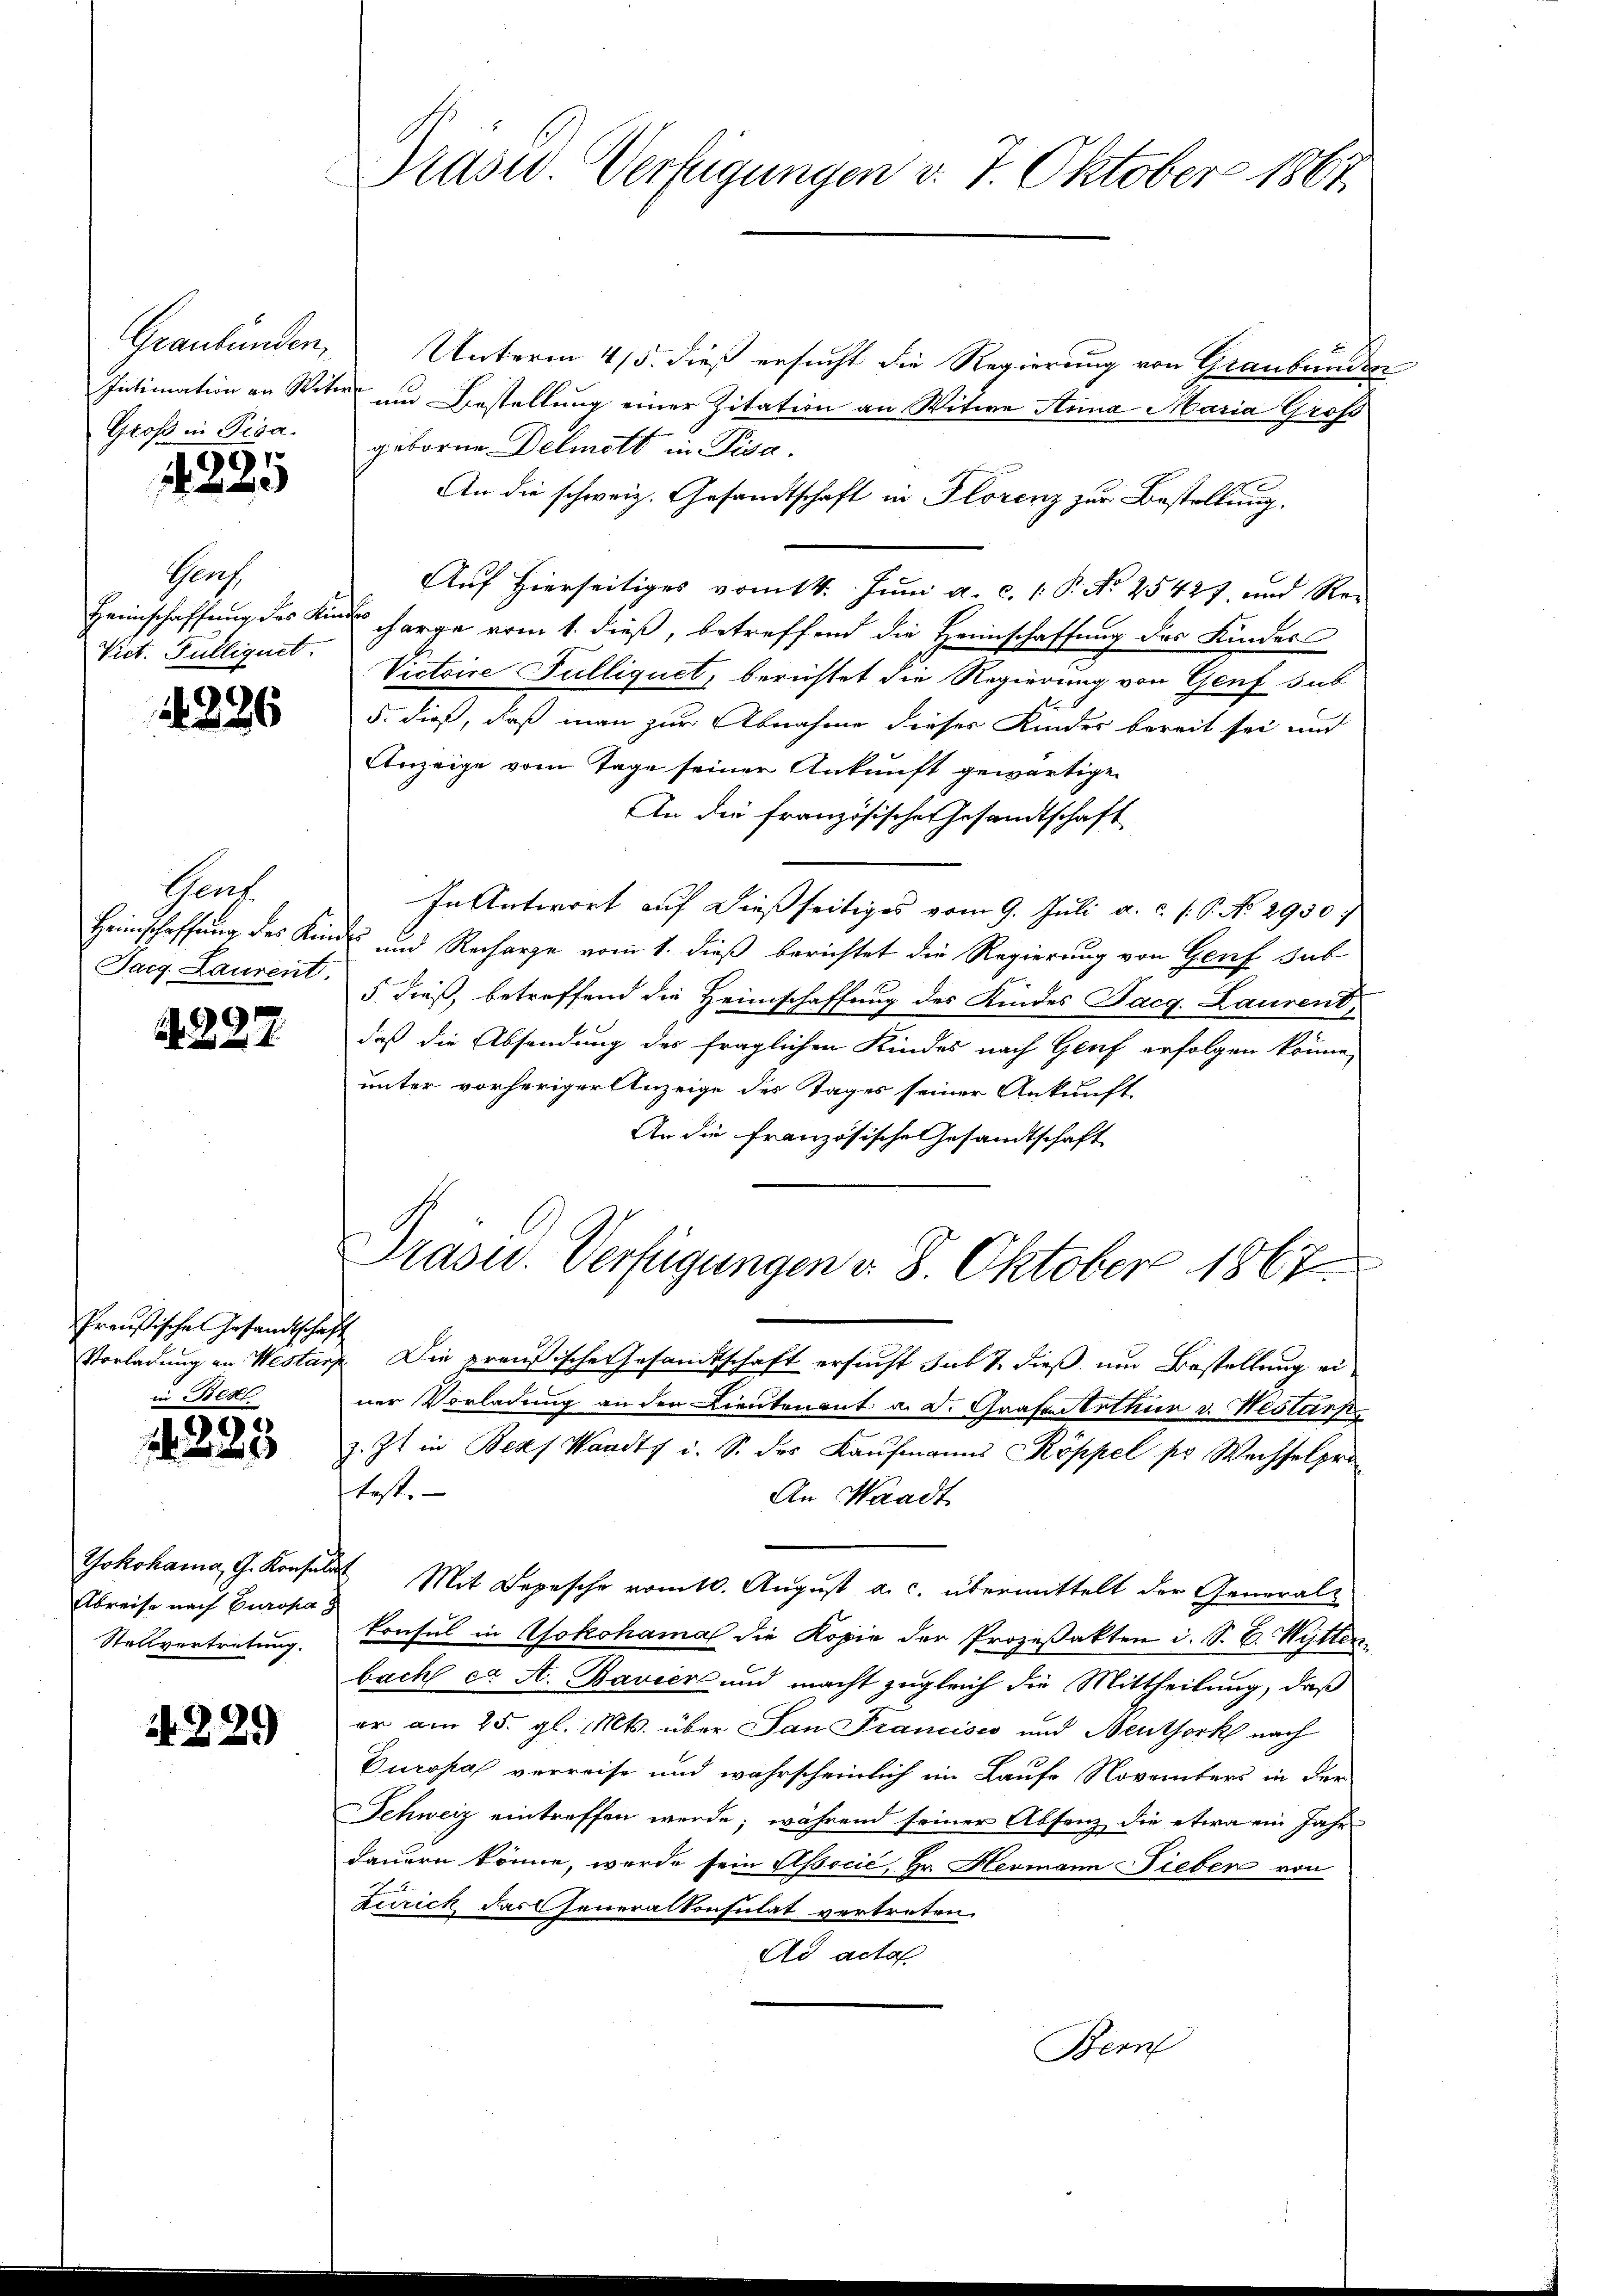
Graubünden,
Groß in Pisa.

1225

Perf
Vict. Fülliquit.

1286

Geat.
Sarg. Laurent.

A. 227.

Preußischen Gesandtschaft
in Besel

1223

Abreise nach Europa
Stellvertretung.

229

Drasw. Verfügungen v. 7. Oktober 1867

Unterm 4/5. dieß ersucht die Regierung von Graubünde
Intimation an Veter um Bestellung einer Zitation an Witwe Anna Maria Groß
geborne Delmatt in Pisa.
An die schweiz. Gesandtschaft in Florenz zur Bestellung,
Auf hierseitiges vom 14. Juni a. c. 1 P. No 25427, und Re¬
Heimschaffung des Kindes charge vom 1. dieß, betreffend die Heimschaffung des Kinders
Victoire Pulliquet, berichtet die Regierung von Genf sub
5. dieß, daß man zur Abnahme dieser Kindes bereit sei und
Anzeige vom Tage seiner Ankunft gewärtige
An die französischen Gesandtschaft
In Antwort auf dießseitiges vom 9. Juli a. c. s. S. No. 2950:
Heimschaffung des Kindes und Recharge vom 1. dieß berichtet die Regierung von Genf sub
5. dieß, betreffend die Heimschaffung des Kindes Pacg. Laurent,
daß die Absendung des fraglichen Kindes nach Genf erfolgen könne,
unter vorheriger Anzeige des Tages seiner Ankunft
An die französische Gesandtschaft
Präsid. Verfügungen v. 8. Oktober 1867
Vorladung an Westanz Die preußische Gesandtschaft ersucht sub t dieß, um Bestellung einer Vorladung an den Lieutenant a. d. Grafen erthur v. Nestark
z. Zt. in Beas Waadt u. S. des Kaufmanns Koppel pr Wachselpro
fest- |
An Waadt
Yokohama, G. Konsuls Mit Depesche vom 10. August a. c. übermittelt der General-
konsul in Yokohama die Kopie der Prozeßakten d. S. B. Witten
bach et A. Bavier und macht zugleich die Mittheilung, daß
er am 25. gl. Mts. über San Francisco und Neuthork nach
Duropa verreise und wahrscheinlich im Laufe Novembers in der
Schweiz eintreffen werde; während seiner Absenz die etwa ein Jahr
dauern könne, werde sein Associć, Hr. Hermann Lieber von
Zürich das Generalkonsulat vertreten.
Ad acta
Bern